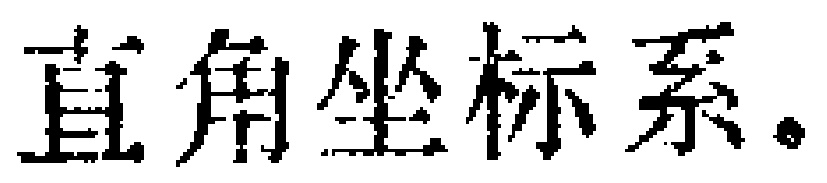
直角坐标系.